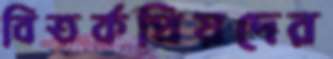
বিতর্কপ্রিয়দের